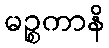
မဉ္စကာနိ